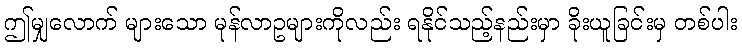
ဤမျှလောက် များသော မုန်လာဥများကိုလည်း ရနိုင်သည့်နည်းမှာ ခိုးယူခြင်းမှ တစ်ပါး